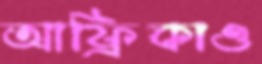
আফ্রিকাও